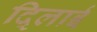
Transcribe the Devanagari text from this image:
दि्लाई